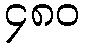
၄၈၀